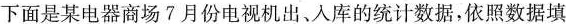
下面是某电器商场7月份电视机出、入库的统计数据，依照数据填